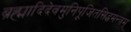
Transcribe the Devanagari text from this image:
ब्रह्मादिदेवमुनिपूजितसिद्धमन्त्रम्